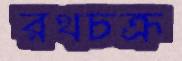
রথচক্র